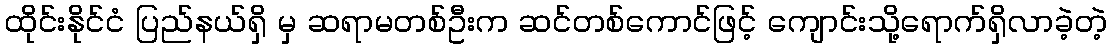
ထိုင်းနိုင်ငံ ပြည်နယ်ရှိ မှ ဆရာမတစ်ဦးက ဆင်တစ်ကောင်ဖြင့် ကျောင်းသို့ရောက်ရှိလာခဲ့တဲ့